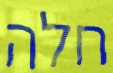
חלה